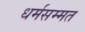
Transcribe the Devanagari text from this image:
धर्मसम्मत